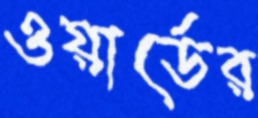
ওয়ার্ডের